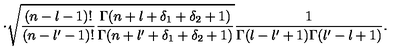
\cdot \sqrt { \frac { ( n - l - 1 ) ! } { ( n - l ^ { \prime } - 1 ) ! } \frac { \Gamma ( n + l + \delta _ { 1 } + \delta _ { 2 } + 1 ) } { \Gamma ( n + l ^ { \prime } + \delta _ { 1 } + \delta _ { 2 } + 1 ) } } \frac { 1 } { \Gamma ( l - l ^ { \prime } + 1 ) \Gamma ( l ^ { \prime } - l + 1 ) } .